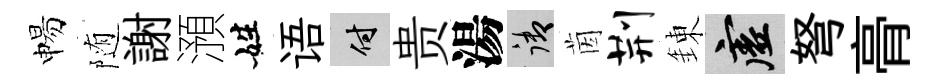
惕随謝澦姓语付贵湯御茵荆錬虚弩𮌔